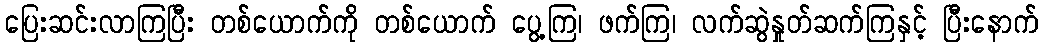
ပြေးဆင်းလာကြပြီး တစ်ယောက်ကို တစ်ယောက် ပွေ့ကြ၊ ဖက်ကြ၊ လက်ဆွဲနှုတ်ဆက်ကြနှင့် ပြီးနောက်